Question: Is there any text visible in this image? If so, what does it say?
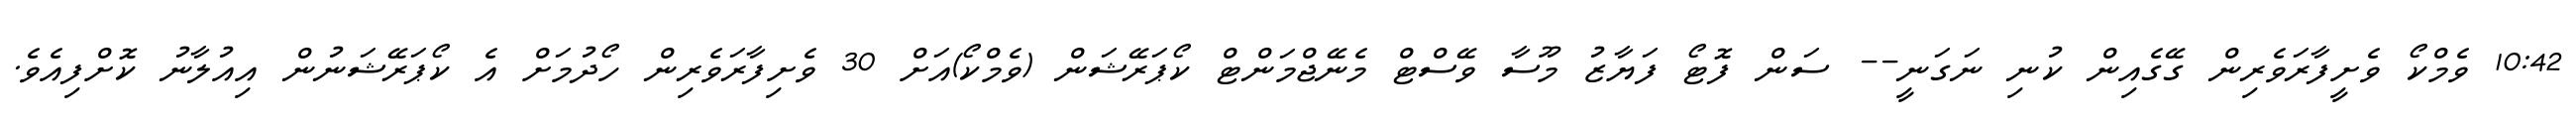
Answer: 10:42 ވެމްކޯ ވެށީފާރަވެރިން ގޭގެއިން ކުނި ނަގަނީ-- ސަން ފޮޓޯ ފަޔާޒު މޫސާ ވޭސްޓް މެނޭޖްމަންޓް ކޯޕަރޭޝަން (ވެމްކޯ)އަށް 30 ވެށިފާރަވެރިން ހޯދުމަށް އެ ކޯޕަރޭޝަނުން އިއުލާނު ކޮށްފިއެވެ.